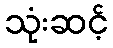
သုံးဆင့်